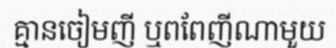
គ្មានចៀមញី ឬពពែញីណាមួយ